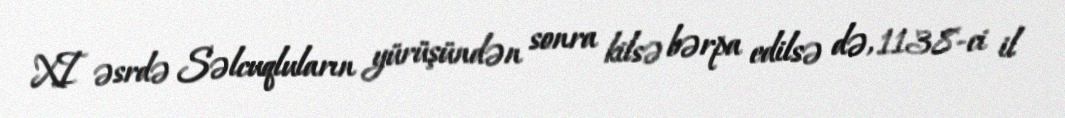
XI əsrdə Səlcuqluların yürüşündən sonra kilsə bərpa edilsə də, 1138-ci il